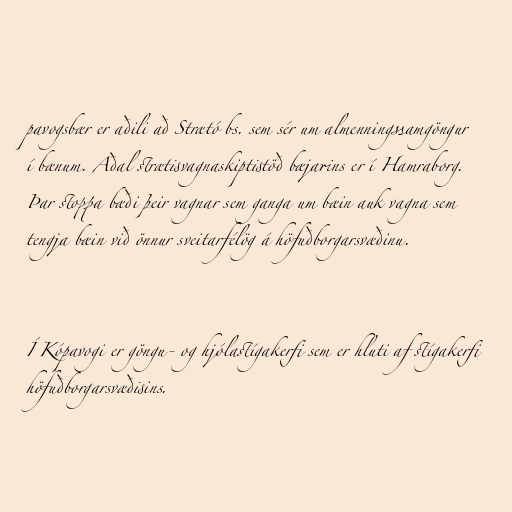
pavogsbær er aðili að Strætó bs. sem sér um almenningssamgöngur
í bænum. Aðal strætisvagnaskiptistöð bæjarins er í Hamraborg.
Þar stoppa bæði þeir vagnar sem ganga um bæin auk vagna sem
tengja bæin við önnur sveitarfélög á höfuðborgarsvæðinu.

Í Kópavogi er göngu- og hjólastígakerfi sem er hluti af stígakerfi
höfuðborgarsvæðisins.